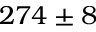
2 7 4 \pm 8